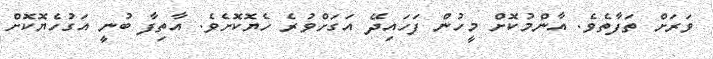
ވަރަށް ތަފާތެވެ. އާންމުކޮށް މީހުން ފަހައިދޭ އަގަށްވުރެ ހެޔޮކޮށެވެ. އާތިފާ ބުނީ އަގުހެޔޮކޮށް